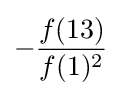
-{\frac {f(13)}{f(1)^{2}}}